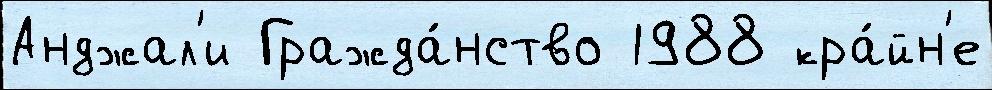
Анджал'и Гражда́нство 1988 кра́йн'е